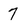
Character: 7